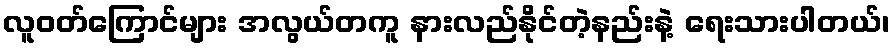
လူဝတ်ကြောင်များ အလွယ်တကူ နားလည်နိုင်တဲ့နည်းနဲ့ ရေးသားပါတယ်၊